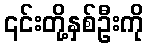
၎င်းတို့နှစ်ဦးကို